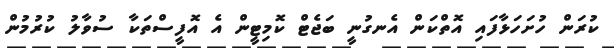
ކުރަން ހުށަހަޅާފައި އޮތްކަން އެނގުނީ ބަޖެޓް ކޮމިޓީން އެ އޮފީސްތަކާ ސުވާލު ކުރުމުން